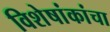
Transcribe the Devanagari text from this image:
विशेषांकांचा